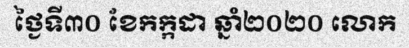
ថ្ងៃទី៣០ ខែកក្កដា ឆ្នាំ២០២០ លោក